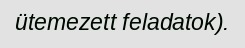
ütemezett feladatok).